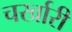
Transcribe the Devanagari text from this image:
चर्खारी